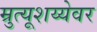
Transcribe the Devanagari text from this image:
म्रुत्यूशय्येवर